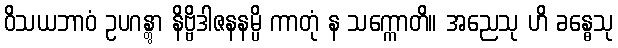
ဝိသယဘာဝံ ဥပဂန္တွာ နိဗ္ဗိဒါဇနနမ္ပိ ကာတုံ န သက္ကောတိ။ အညေသု ဟိ ခန္ဓေသု